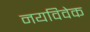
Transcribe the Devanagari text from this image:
नयविवेक